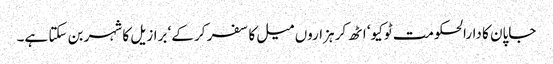
جاپان کا دارالحکومت ٹوکیو‘ اٹھ کر ہزاروں میل کا سفر کر کے‘ برازیل کا شہر بن سکتا ہے۔